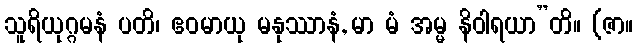
သူရိယုဂ္ဂမနံ ပတိ၊ ဧဝမာယု မနုဿာနံ, မာ မံ အမ္မ နိဝါရယာ”တိ။ (ဇာ။